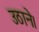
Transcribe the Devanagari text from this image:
उठाने।